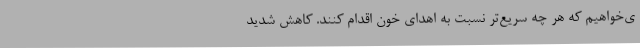
ی‌خواهیم که هر چه سریع‌تر نسبت به اهدای خون اقدام کنند. کاهش شدید